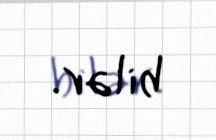
bilər.